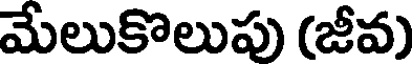
మేలుకొలుపు (జీవ)